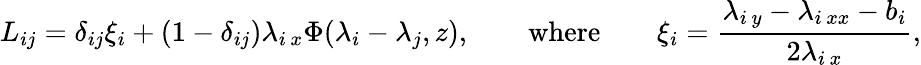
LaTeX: L_{ij}=\delta_{ij}\xi_{i}+(1-\delta_{ij})\lambda_{i\, x}\Phi(\lambda_{i}-\lambda_{j},z),\qquad\mathrm{where}\qquad\xi_{i}=\frac{\lambda_{i\, y}-\lambda_{i\, xx}-b_{i}}{2\lambda_{i\, x}},